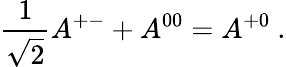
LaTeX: {\frac{1}{\sqrt{2}}}A^{+-}+A^{00}=A^{+0}~.